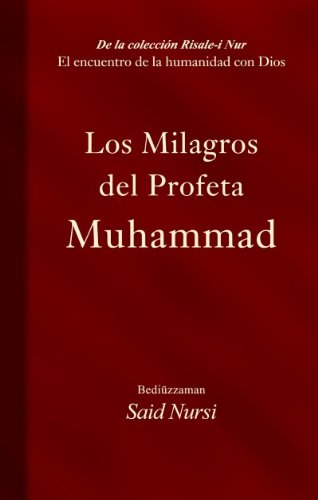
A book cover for Los Milagros del Profeta Muhammad (Spanish Edition) (De La Coleccion Risale-I Nur); Bediuzzaman Said Nursi; Religion & Spirituality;